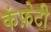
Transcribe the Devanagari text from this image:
कंफ़ेटी